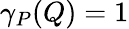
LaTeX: \gamma_{P}(Q)=1